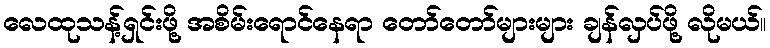
လေထုသန့်ရှင်းဖို့ အစိမ်းရောင်နေရာ တော်တော်များများ ချန်လှပ်ဖို့ လိုမယ်။